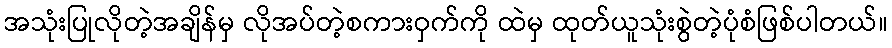
အသုံးပြုလိုတဲ့အချိန်မှ လိုအပ်တဲ့စကားဝှက်ကို ထဲမှ ထုတ်ယူသုံးစွဲတဲ့ပုံစံဖြစ်ပါတယ်။